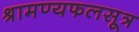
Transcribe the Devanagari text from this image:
श्रामण्यफलसूत्र